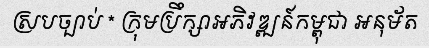
ស្របច្បាប់ * ក្រុមប្រឹក្សាអភិវឌ្ឍន៍កម្ពុជា អនុម័ត